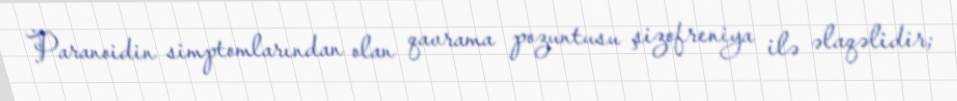
Paranoidin simptomlarından olan qavrama pozuntusu şizofreniya ilə əlaqəlidir;